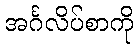
အင်္ဂလိပ်စာကို